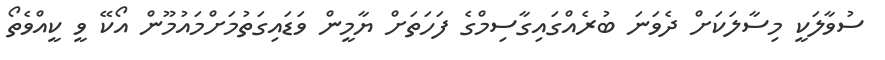
ސުވާލަކީ މިސާލަކަށް ދެވަނަ ބުރެއްގައިގާސިމްގެ ފަހަތަށް ޔާމީން ވަޑައިގަތުމަށްމައުމޫން އޯކޭ ވީ ކީއްވެތޯ